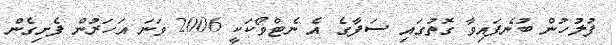
ފުލުހުން ބުނެފައިވާ ގޮތުގައި ސަފާގެ އެ ނެޓްވޯކަކީ 2006 ވަނަ އަހަރުން ފެށިގެން